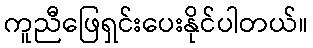
ကူညီဖြေရှင်းပေးနိုင်ပါတယ်။